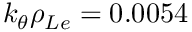
k _ { \theta } \rho _ { L e } = 0 . 0 0 5 4